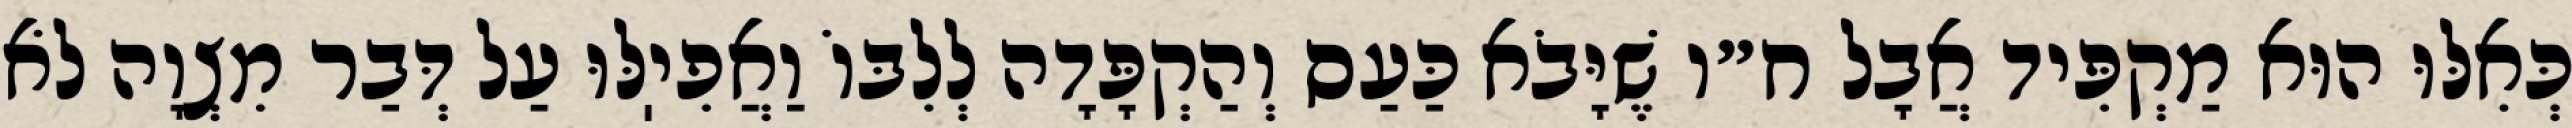
כְּאִלּוּ הוּא מַקְפִּיד אֲבָל ח״ו שֶׁיָּבֹא כַּעַס וְהַקְפָּדָה לְלִבּוֹ וַאֲפִיֽלּוּ עַל דְּבַר מִצְוָה לֹא